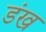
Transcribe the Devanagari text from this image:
डंख